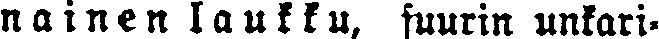
nainen laukku, suurin unkari-